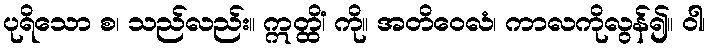
ပုရိသော စ၊ သည်လည်း။ ဣတ္ထိံ၊ ကို။ အတိဝေလံ၊ ကာလကိုလွန်၍။ ဝါ၊